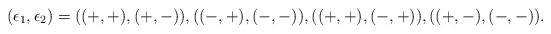
\begin{align*}(\epsilon_1, \epsilon_2) = ((+, +), (+, -)), ((-, +), (-, -)), ((+, +), (-, +)), ((+, -), (-, -)).\end{align*}